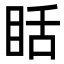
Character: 䀨